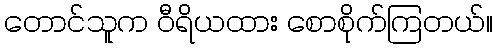
တောင်သူက ဝီရိယထား စောစိုက်ကြတယ်။